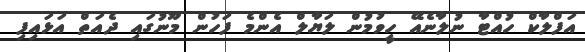
އަފްލާކް ހުއްޓާ ނުލާނެއޭ ހީވުމުން ލަޔާލް އެންމެ ފަހުން މޫނުގައި ދެއަތް އަޅައިފި